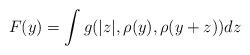
LaTeX: \begin{align*}F(y)=\int g(|z|,\rho(y),\rho(y+z))dz\end{align*}